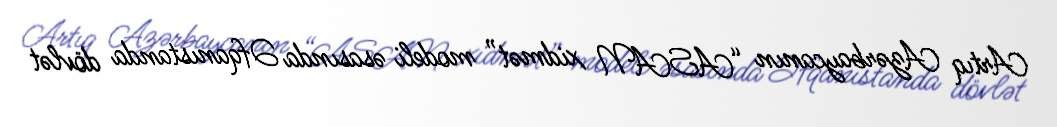
Artıq Azərbaycanın “ASAN xidmət” modeli əsasında Əfqanıstanda dövlət